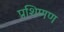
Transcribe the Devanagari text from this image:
प्रशिणण